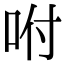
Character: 咐